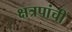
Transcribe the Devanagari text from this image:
क्षत्रपांची